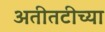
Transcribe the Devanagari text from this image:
अतीतटीच्या